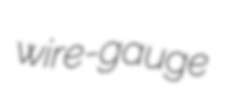
wire-gauge